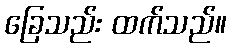
ခြေသည်း ထက်သည်။